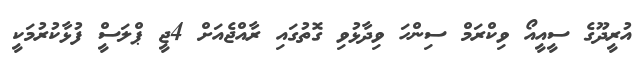
އުރީދޫގެ ސީއީއޯ ވިކްރަމް ސިންހަ ވިދާޅުވި ގޮތުގައި ރާއްޖެއަށް 4ޖީ ޕްލަސްީ ފުޅާކުރުމަކީ